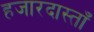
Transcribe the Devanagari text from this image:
हजारदास्ताँ